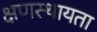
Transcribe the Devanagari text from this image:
क्षणस्थायता